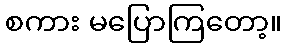
စကား မပြောကြတော့။